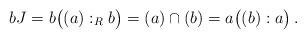
LaTeX: \begin{align*}bJ = b\big((a):_Rb\big) = (a) \cap (b) = a\big((b):a\big)\,.\end{align*}